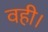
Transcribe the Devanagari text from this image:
वही।